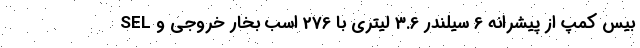
SEL بیس کمپ از پیشرانه 6 سیلندر 3.6 لیتری با 276 اسب بخار خروجی و